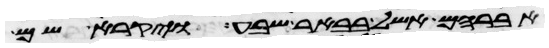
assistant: אברהם אשל בבאר שבע ויקרא שם